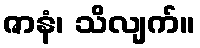
ဇာနံ၊ သိလျက်။